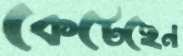
কেটেছেন